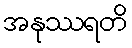
အနုဿရတိ